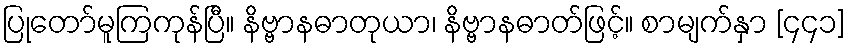
ပြုတော်မူကြကုန်ပြီ။ နိဗ္ဗာနဓာတုယာ၊ နိဗ္ဗာနဓာတ်ဖြင့်။ စာမျက်နှာ [၄၄၁]